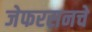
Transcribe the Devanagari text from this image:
जेफरसनचे